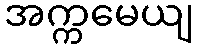
အက္ကမေယျ